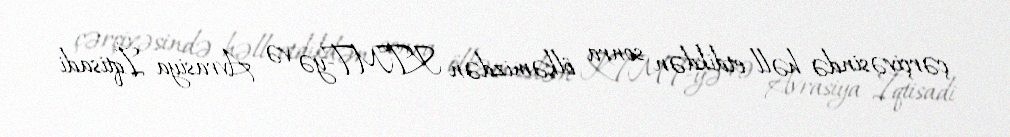
çərçivəsində həll etdikdən sonra ölkəmizdən KTMT-yə və Avrasiya İqtisadi